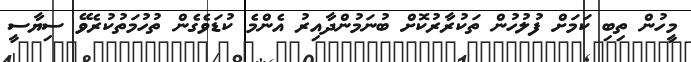
މީހުން ތިބި ކަމަށް ފުލުހުން ތަކުރާރުކޮށް ބުނަމުންދާއިރު އެންމެ ކުޑަވެގެން ތުހުމަތުކުރެވޭ ސިޔާސީ